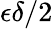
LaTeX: \epsilon\delta/2